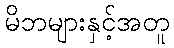
မိဘများနှင့်အတူ